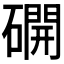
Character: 𥖆